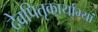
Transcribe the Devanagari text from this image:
देवपितृकार्याभ्यां